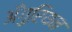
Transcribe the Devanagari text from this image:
अँगुरियन